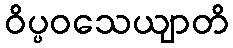
ဝိပ္ပဝသေယျာတိ